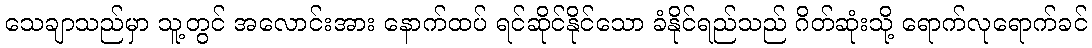
သေချာသည်မှာ သူ့တွင် အလောင်းအား နောက်ထပ် ရင်ဆိုင်နိုင်သော ခံနိုင်ရည်သည် ဂိတ်ဆုံးသို့ ရောက်လုရောက်ခင်